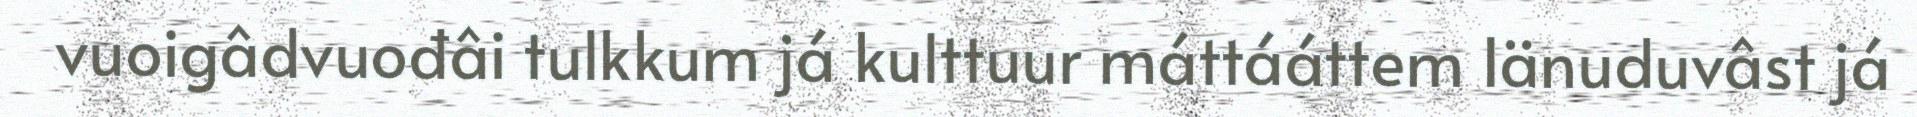
vuoigâdvuođâi tulkkum já kulttuur máttááttem Iänuduvâst já